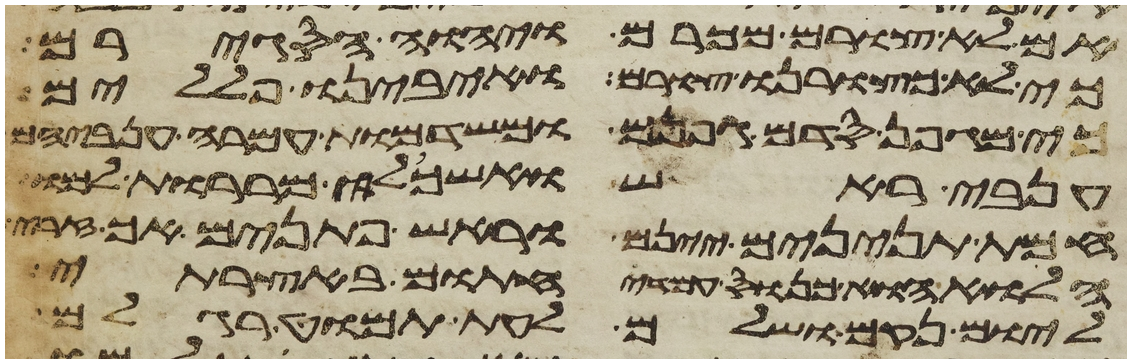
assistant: אם לא צורם מכרם ויהוה הסגירם
כי לא כצורנו צורם ואיבינו פללים
כי מגפן סדם גפנם ומשדמות עמרה ענביהם
ענבי ראש ואשכלי מררות למו
חמת תנינים יינם וראש פתנים אך זרי
הלוא הוא כנוס עמדי חתום באוצרתי
ליום נקם ושלם לעת תמוט רגלם